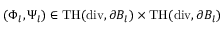
( \Phi _ { l } , \Psi _ { l } ) \in \mathrm { T H } ( \mathrm { d i v } , \partial B _ { l } ) \times \mathrm { T H } ( \mathrm { d i v } , \partial B _ { l } )